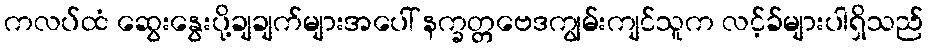
ကလပ်ထံ ဆွေးနွေးပို့ချချက်များအပေါ် နက္ခတ္တဗေဒကျွမ်းကျင်သူက လင့်ခ်များပါရှိသည်